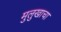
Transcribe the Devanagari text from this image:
मुलुखाचा